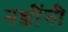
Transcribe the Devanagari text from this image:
नक्षींनी